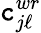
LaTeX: \mathtt{c}_{j\ell}^{wr}